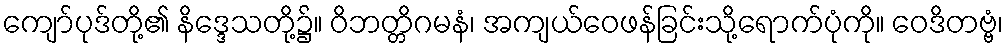
ကျော်ပုဒ်တို့၏ နိဒ္ဒေသတို့၌။ ဝိဘတ္တိဂမနံ၊ အကျယ်ဝေဖန်ခြင်းသို့ရောက်ပုံကို။ ဝေဒိတဗ္ဗံ၊